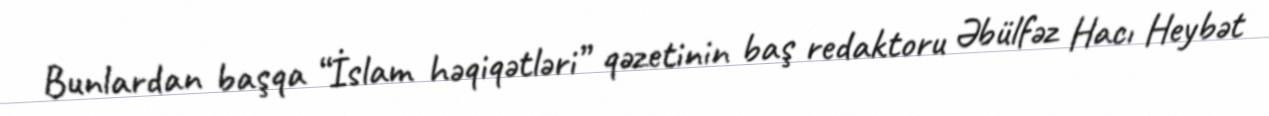
Bunlardan başqa “İslam həqiqətləri” qəzetinin baş redaktoru Əbülfəz Hacı Heybət